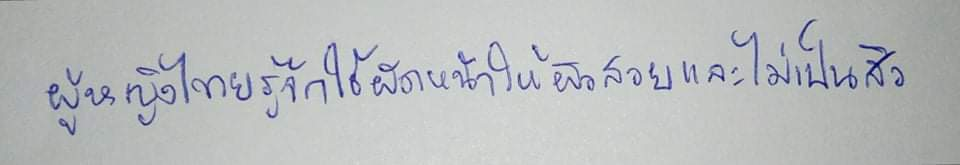
ผู้หญิงไทยรู้จักใช้ผัดหน้าให้ผิวสวยและไม่เป็นสิว